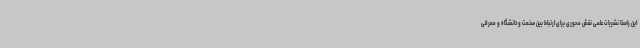
این راستا نشریات علمی نقش محوری برای ارتباط بین صنعت و دانشگاه و معرفی